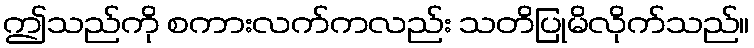
ဤသည်ကို စကားလက်ကလည်း သတိပြုမိလိုက်သည်။